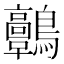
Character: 𪈃